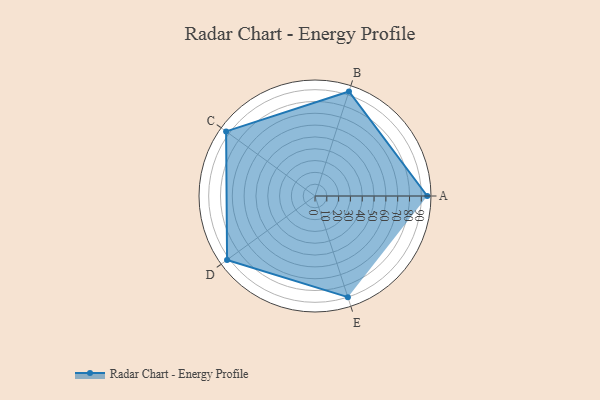
{"axis": {"x": "Skill", "y": "Score"}, "legend": ["Profile"], "data": [{"x": "A", "y": 95.0, "type": "Profile"}, {"x": "B", "y": 93.0, "type": "Profile"}, {"x": "C", "y": 93.0, "type": "Profile"}, {"x": "D", "y": 92.0, "type": "Profile"}, {"x": "E", "y": 90.0, "type": "Profile"}]}